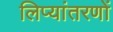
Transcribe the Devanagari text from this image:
लिप्यांतरणों